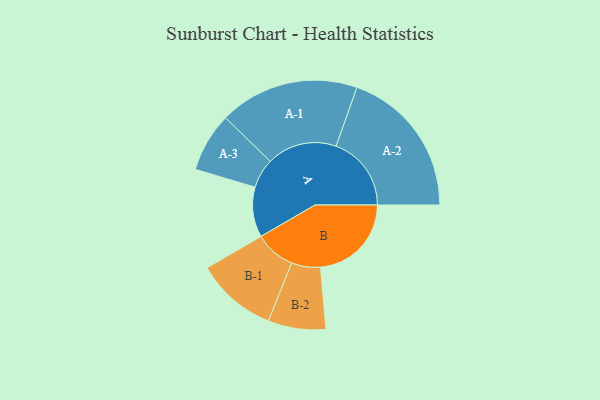
{"axis": {"x": "Segment", "y": "Value"}, "legend": ["", "A", "B"], "data": [{"x": "A", "y": 196, "type": ""}, {"x": "B", "y": 356, "type": ""}, {"x": "A-1", "y": 274, "type": "A"}, {"x": "A-2", "y": 295, "type": "A"}, {"x": "A-3", "y": 116, "type": "A"}, {"x": "B-1", "y": 159, "type": "B"}, {"x": "B-2", "y": 113, "type": "B"}]}